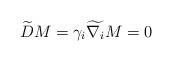
LaTeX: \begin{align*}\widetilde{D}M = \gamma_{i} \widetilde{\nabla_{i}} M = 0\end{align*}